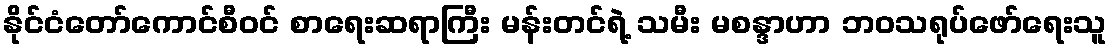
နိုင်ငံတော်ကောင်စီဝင် စာရေးဆရာကြီး မန်းတင်ရဲ့ သမီး မစန္ဒာဟာ ဘဝသရုပ်ဖော်ရေးသူ